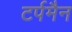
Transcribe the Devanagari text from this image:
टर्पमैन